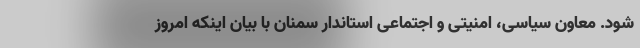
شود. معاون سیاسی، امنیتی و اجتماعی استاندار سمنان با بیان اینکه امروز